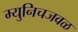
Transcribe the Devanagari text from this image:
म्युनिचजवळ